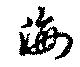
海